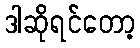
ဒါဆိုရင်တော့